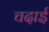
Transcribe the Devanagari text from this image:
चदाई